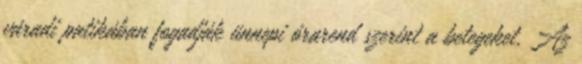
váradi patikában fogadják ünnepi órarend szerint a betegeket. Az